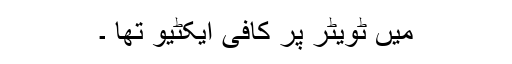
میں ٹویٹر پر کافی ایکٹیو تھا ۔